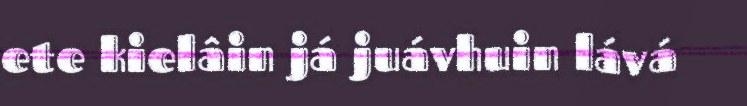
ete kielâin já juávhuin lává